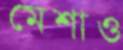
মেশাও